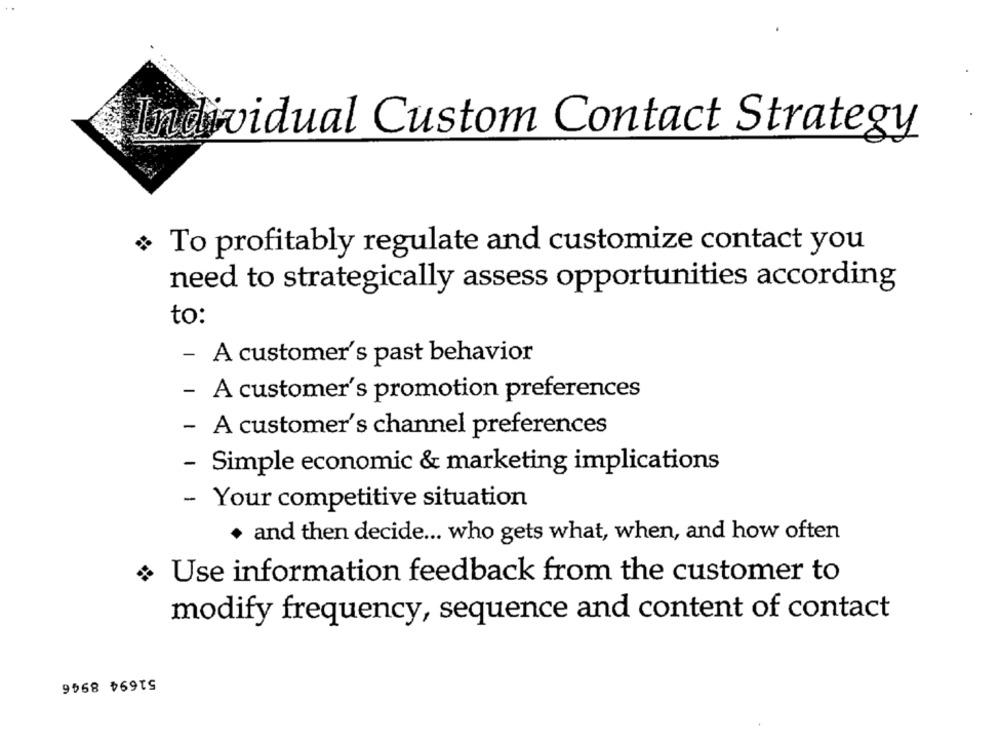
Individual Custom Contact Strategy
To profitably regulate and customize contact you
need to strategically assess opportunities according
to:
- A customer's past behavior
- A customer's promotion preferences
- A customer's channel preferences
- Simple economic & marketing implications
- Your competitive situation
+ and then decide ... who gets what, when, and how often
Use information feedback from the customer to
modify frequency, sequence and content of contact
51694 8946